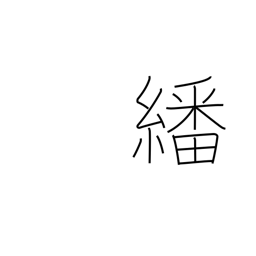
Meaning: peruse